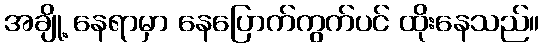
အချို့ နေရာမှာ နေပြောက်ကွက်ပင် ထိုးနေသည်။